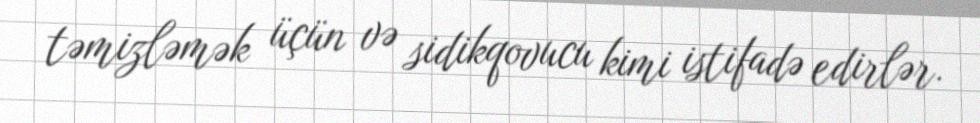
təmizləmək üçün və sidikqovucu kimi istifadə edirlər.